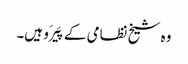
وہ شیخ نظامی کے پَیرَو ہیں۔